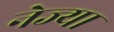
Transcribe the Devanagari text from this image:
नेज्या